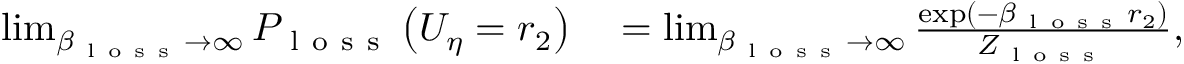
\begin{array} { r l } { \operatorname* { l i m } _ { \beta _ { \mathrm { ~ l ~ o ~ s ~ s ~ } } \rightarrow \infty } P _ { \mathrm { ~ l ~ o ~ s ~ s ~ } } \left( U _ { \eta } = r _ { 2 } \right) } & { { } = \operatorname* { l i m } _ { \beta _ { \mathrm { ~ l ~ o ~ s ~ s ~ } } \rightarrow \infty } \frac { \exp \left( - \beta _ { \mathrm { ~ l ~ o ~ s ~ s ~ } } r _ { 2 } \right) } { Z _ { \mathrm { ~ l ~ o ~ s ~ s ~ } } } , } \end{array}